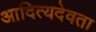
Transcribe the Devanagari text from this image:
आदित्यदेवता